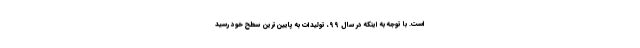
است. با توجه به اینکه در سال ۹۹، تولیدات به پایین‌ترین سطح خود رسید